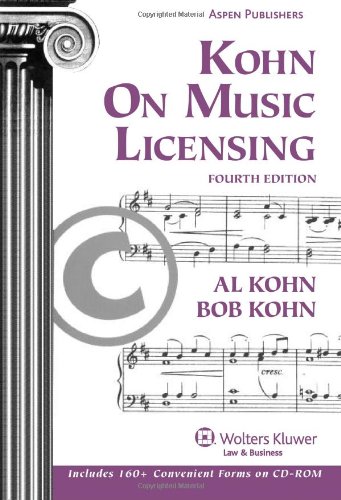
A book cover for Kohn on Music Licensing; Al Kohn; Law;